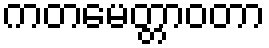
ကတမေတ္တာဝတာ